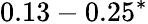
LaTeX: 0.13-0.25^{\ast}